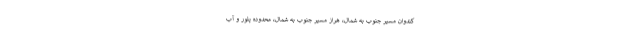
کندوان مسیر جنوب به شمال، هراز مسیر جنوب به شمال، محدوده پلور و آب